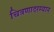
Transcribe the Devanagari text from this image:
चित्रणादरम्यान